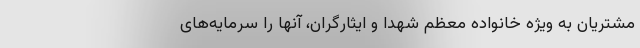
مشتریان به ویژه خانواده معظم شهدا و ایثارگران، آنها را سرمایه‌های